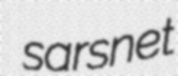
sarsnet